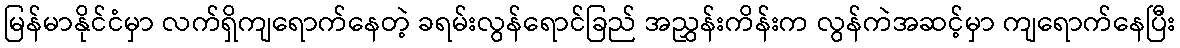
မြန်မာနိုင်ငံမှာ လက်ရှိကျရောက်နေတဲ့ ခရမ်းလွန်ရောင်ခြည် အညွှန်းကိန်းက လွန်ကဲအဆင့်မှာ ကျရောက်နေပြီး